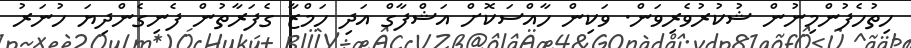
ހިތުހެފުންމިނުން ޝުކުރުވެރިވަން. ވަކިން ހާއްސަކޮށް އަޝްފާގް އަދި ހަމްޒާ ގެފަރާތުން ފެނިގެންދިޔަ ހުނަރު